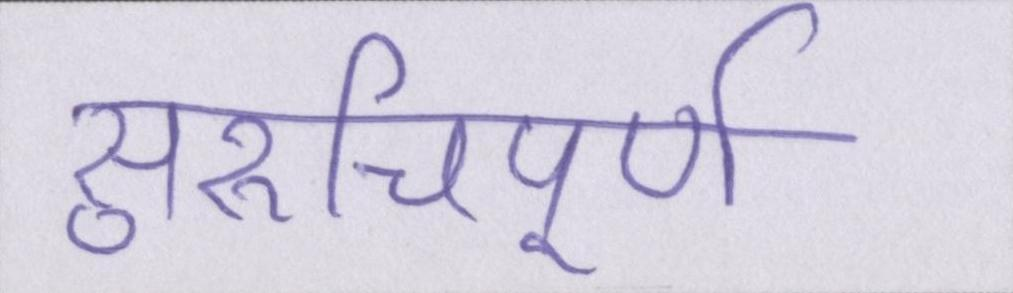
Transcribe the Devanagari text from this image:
सुरुचिपूर्ण